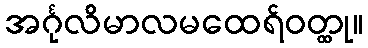
အင်္ဂုလိမာလမထေရ်ဝတ္ထု။